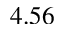
4 . 5 6